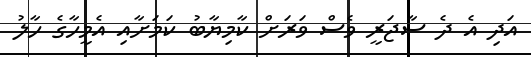
އަދި އެ ދެ ސާޖަރީ ވެސް ވަރަށް ކާމިޔާބު ކަމަށާއި އެމީހާގެ ހާލު